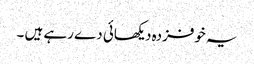
یہ خوفزدہ دیکھائی دے رہے ہیں ۔